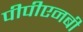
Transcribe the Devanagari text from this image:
पीपीएनबी